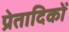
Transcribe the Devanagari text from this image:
प्रेतादिकों